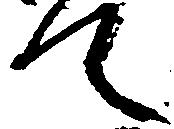
て